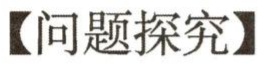
【问题探究】